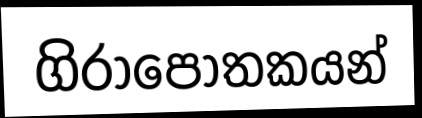
ගිරාපෝතකයන්